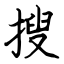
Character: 搜